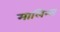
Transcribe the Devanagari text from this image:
मालिन्स